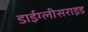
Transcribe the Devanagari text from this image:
डाईग्लीसराइड